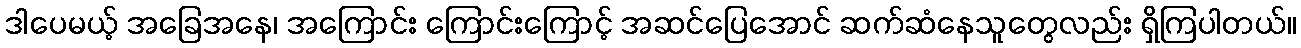
ဒါပေမယ့် အခြေအနေ၊ အကြောင်း ကြောင်းကြောင့် အဆင်ပြေအောင် ဆက်ဆံနေသူတွေလည်း ရှိကြပါတယ်။